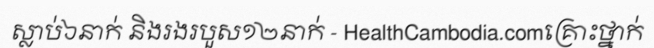
ស្លាប់៦នាក់ និងរងរបួស១២នាក់ - HealthCambodia.comគ្រោះថ្នាក់